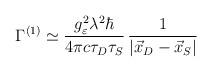
LaTeX: \begin{align*}\Gamma^{(1)} \simeq \frac{g^2_\varepsilon \lambda^2 \hbar}{4\pi c \tau_D \tau_S}\, \frac{1}{|\vec{x}_D - \vec{x}_S|}\end{align*}